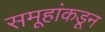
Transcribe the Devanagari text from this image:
समूहांकडून